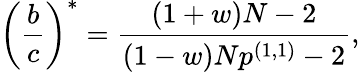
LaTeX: \left(\frac{b}{c}\right)^{*}=\frac{(1+w)N-2}{(1-w)Np^{(1,1)}-2},